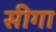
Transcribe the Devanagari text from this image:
सीगा